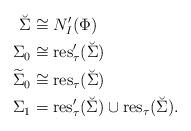
LaTeX: \begin{align*}\breve{\Sigma} &\cong N'_I(\Phi) \\ \Sigma_0 &\cong {\rm res}'_\tau(\breve{\Sigma}) \\\widetilde{\Sigma}_0 &\cong {\rm res}_\tau(\breve{\Sigma}) \\\Sigma_1 &= {\rm res}'_\tau(\breve{\Sigma}) \cup {\rm res}_\tau(\breve{\Sigma}).\end{align*}